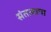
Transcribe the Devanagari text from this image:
संतत्वाचा